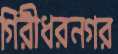
গিরীধরনগর